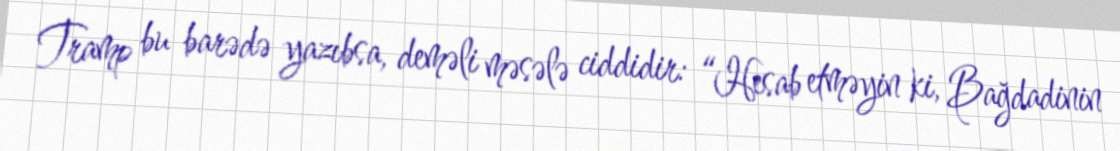
Tramp bu barədə yazıbsa, deməli məsələ ciddidir: “Hesab etməyin ki, Bağdadinin